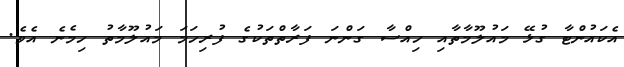
އެކައުންޓާ ގުޅޭ މައުލޫމާތާއި ހިއްސާ ގަންނަ ފަރާތްތަކުގެ ފުރިހަމަ މައުލޫމާތު ހިމެނެ އެވެ.